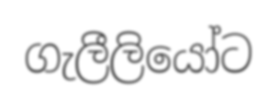
ගැලීලියෝට